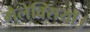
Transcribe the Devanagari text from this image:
गैलेक्सियाँ।